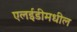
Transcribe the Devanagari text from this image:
एलईडीमधील